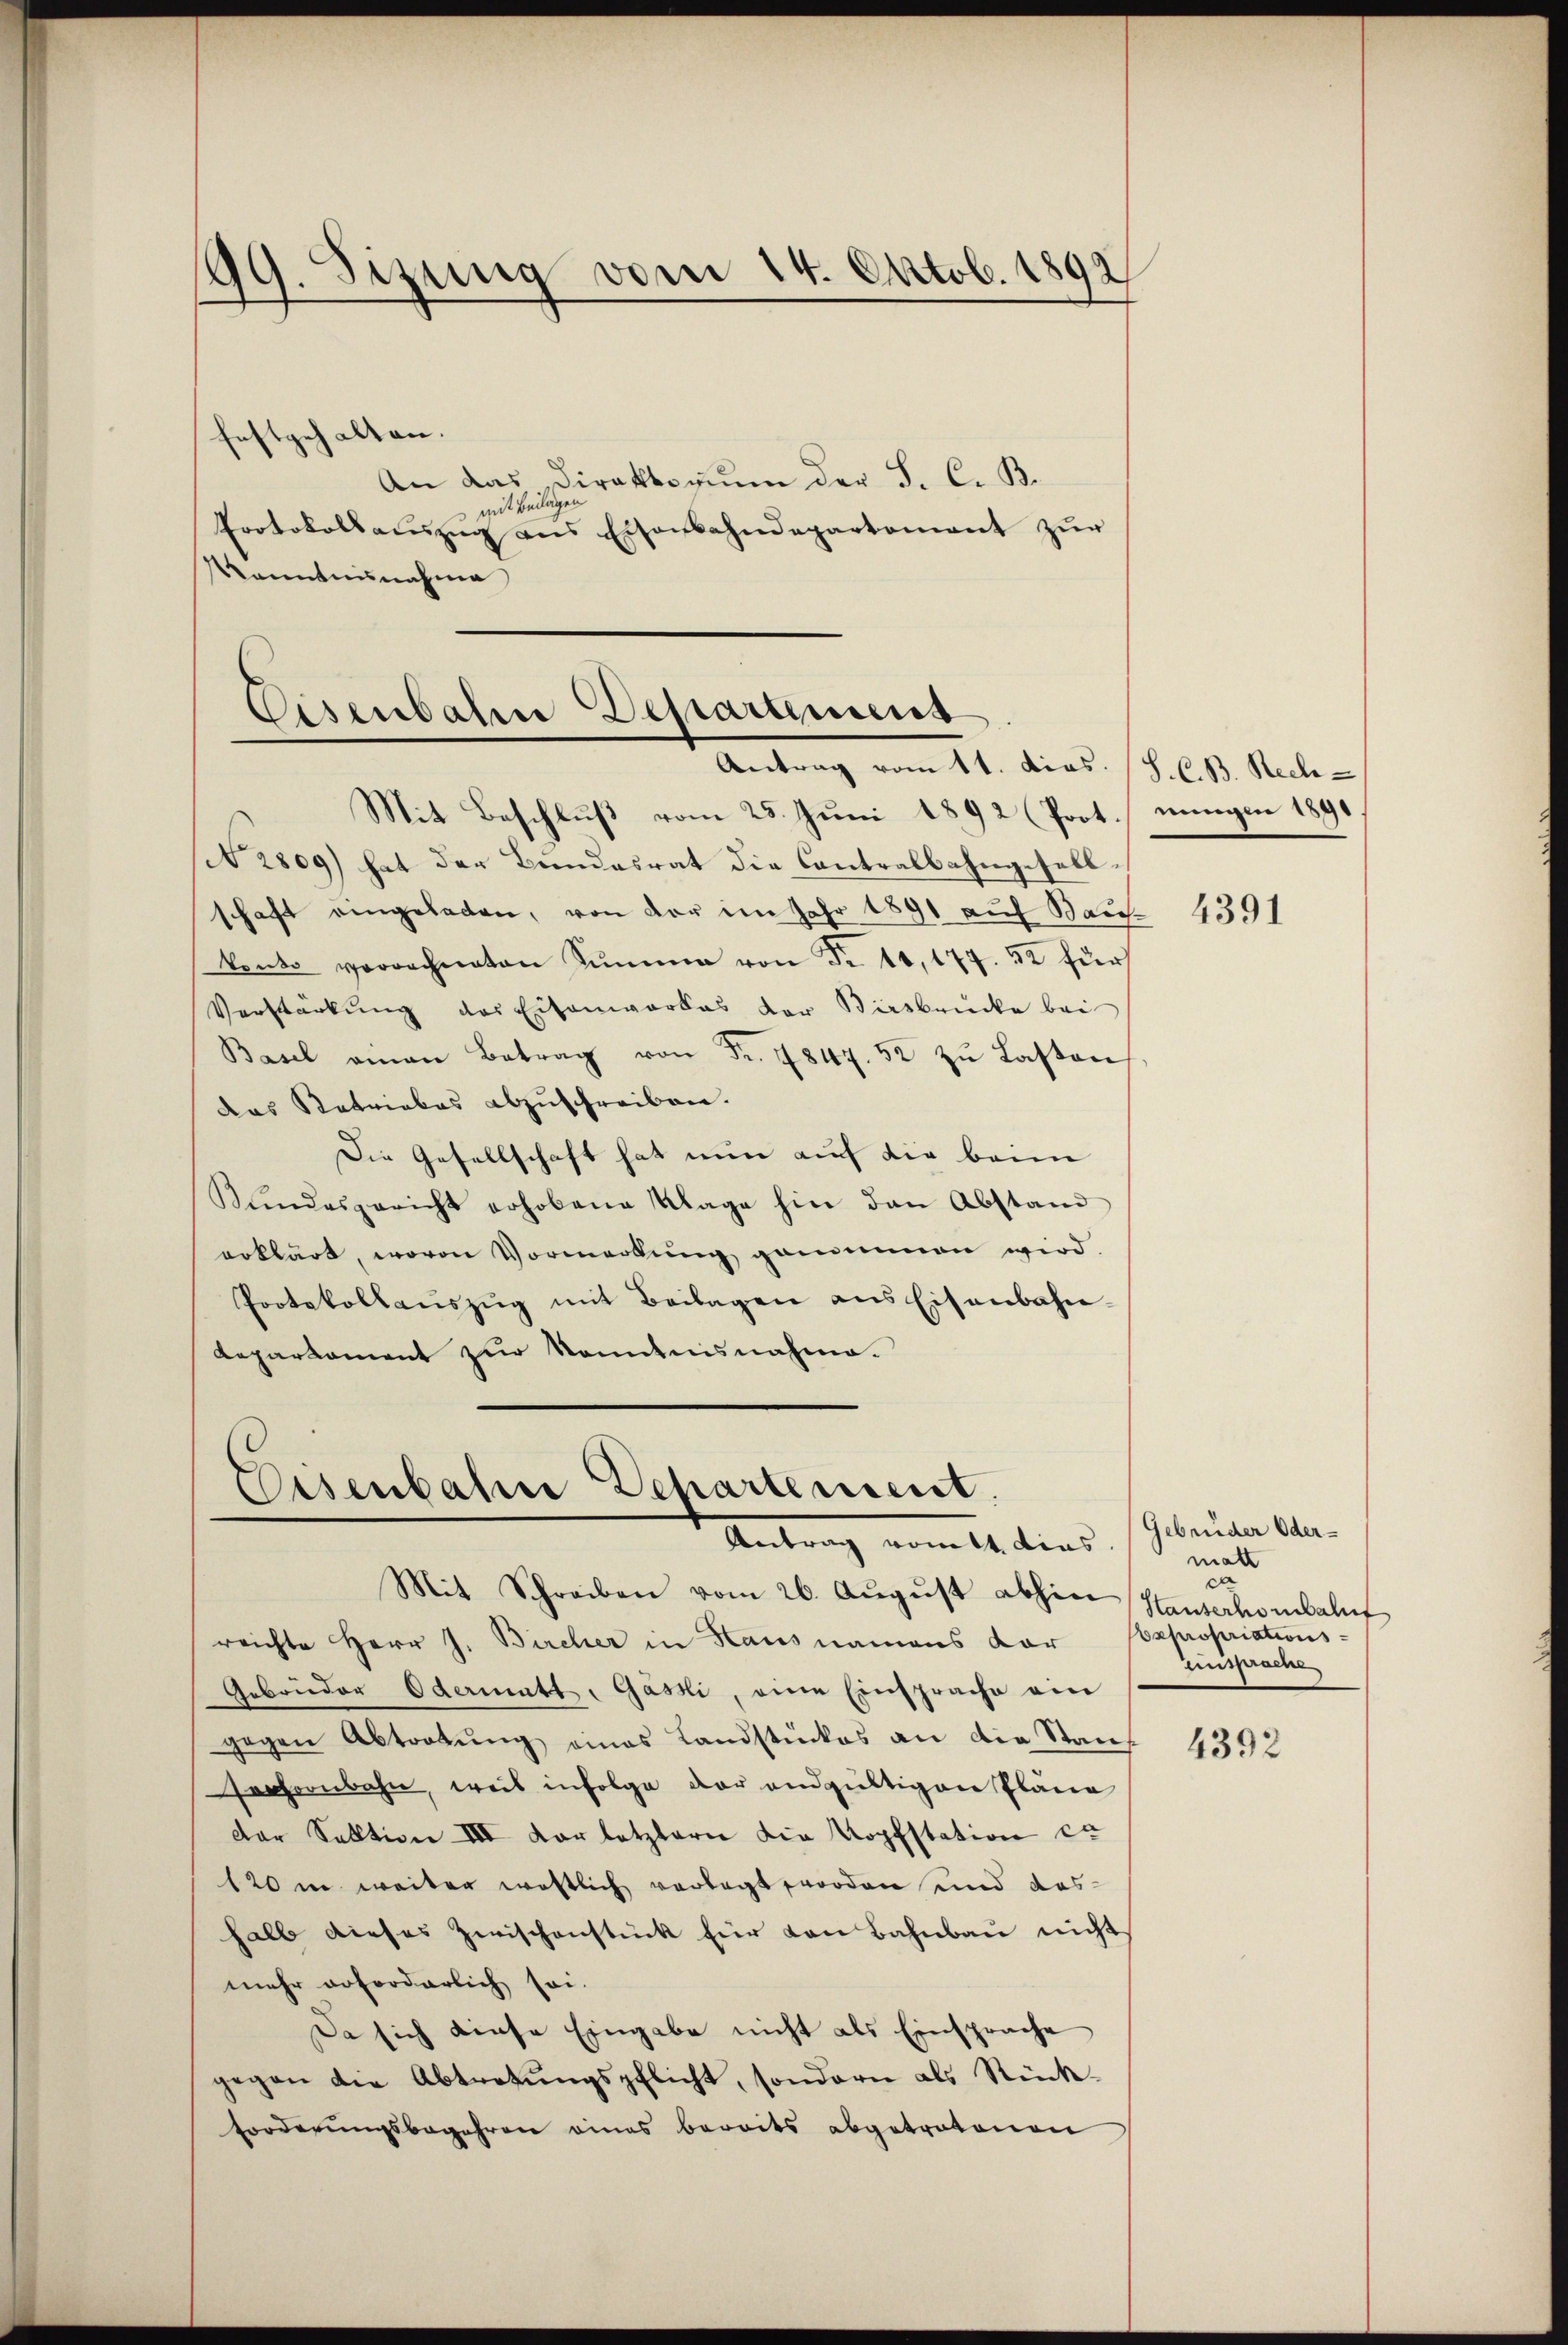
99. Sizung vom 14. Oktob. 1892

festgehalten.
An das Direktorum der S. C. B.
mit Beilagen
Protokollaŭszŭg ans Eisenbahndepartement zŭr
Kenntnisnahme

Eisenbahre Departemens
Antrag vom 11. dies. (S. C. B. Rech-
Mit Beschluß vom 25. Juni 1892 (Prot. Lungen 1890

( 2809) hat der Beendesrat die Contralbahngesellschaft eingeladen, von der im Jahr 1891 auf Bau-
konto verrechneten Sŭmme von Fr. 10, 177. 32 für
Verstarkung des Eisenwarkas der Birsbrücke bei
Basel einen Betrag von Fr. 4847. 52 zu Lasten
das Retriebes abzuschreiben.
Die Gesellschaft hat nun auf die beim
Kŭndesgericht erhobene Klage hin den Abstand
erklärt, wovon Vormerkŭng genommen wird.
Protokollaŭszŭg mit Beilagen ans Eisenbahn-
Reparkoment zur Kenntnisnahme.

reichte Herr J. Bircher in Haus namens dar
Gebrüder Odermatt, Gässli, eine Einsprache am
gegen Abtretung eines Landstückes an die Stauf
sachenbahn, weis infolge der endgültigen Pläne
der Sektion III der letztern die Kopfstation ca
120 in weiter westlich verlegt worden und dashalb dieses Zwischenstück für von Bahnbau nicht
mehr erforderlich sei.
Da sich diese Eingabe nicht als Einsprache
gegen die Abtretungspflicht, sondern als Rück-
forderungsbegehren eines bereits abgetratonen

Eisenbahne Departement.
Antrag vomtt dies
Mit Schreiben vom 26. August abhin Hauserhorbalif

4391

(Gebrüder Oder-
matt
da
Expropriations¬
Einsprache

4392